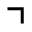
\urcorner